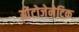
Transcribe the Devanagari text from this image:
ओंटोजेनेटिक